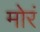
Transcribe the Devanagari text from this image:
मोरं